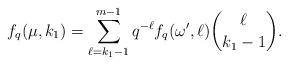
LaTeX: \begin{align*}f_q({\mu},k_1)=\sum_{\ell=k_1-1}^{m-1} q^{-\ell} f_q({\omega'},\ell){{\ell}\choose {k_1-1}}.\end{align*}